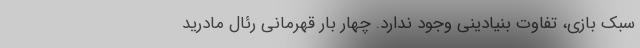
سبک بازی، تفاوت بنیادینی وجود ندارد. چهار بار قهرمانی رئال مادرید